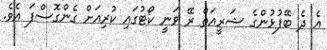
އެ ދެ ބޭފުޅުންގެ ޝަރީއަތް ރޭ ވަނީ ކޯޓުގައި ކުރިއަށް ގެންގޮސްފަ އެވެ.